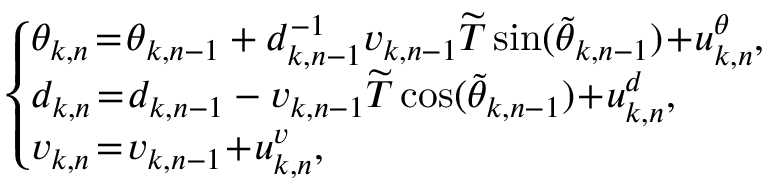
\begin{array} { r } { \! \! \! \left\{ \begin{array} { l } { \! \! \! { \theta _ { k , n } } \! = \! { \theta _ { k , n - 1 } } + d _ { k , n - 1 } ^ { - 1 } { v _ { k , n - 1 } } \widetilde T \sin ( { \tilde { \theta } _ { k , n - 1 } } ) \! + \! u _ { k , n } ^ { \theta } , } \\ { \! \! \! { d _ { k , n } } \! = \! { d _ { k , n - 1 } } - { v _ { k , n - 1 } } \widetilde T \cos ( { \tilde { \theta } _ { k , n - 1 } } ) \! + \! u _ { k , n } ^ { d } , } \\ { \! \! \! { v _ { k , n } } \! = \! { v _ { k , n - 1 } } \! + \! u _ { k , n } ^ { v } , } \end{array} \right. } \end{array}